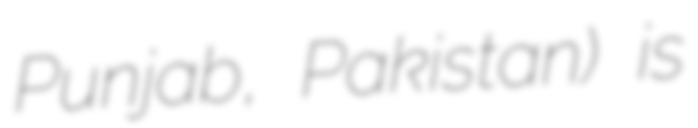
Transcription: Punjab, Pakistan) is